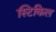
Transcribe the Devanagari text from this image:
स्टिकिल